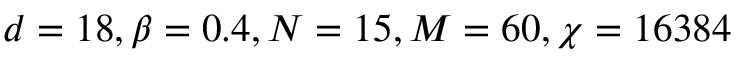
d = 1 8 , \beta = 0 . 4 , N = 1 5 , M = 6 0 , \chi = 1 6 3 8 4